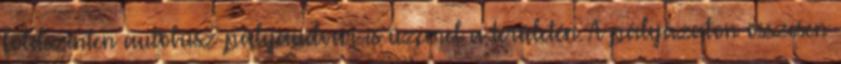
földszinten autóbusz-pályaudvar is üzemel a területén. A pályázaton összesen